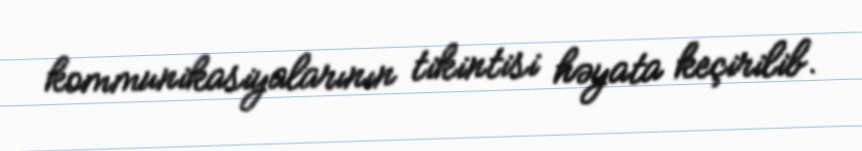
kommunikasiyalarının tikintisi həyata keçirilib.